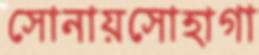
সোনায়সোহাগা